Plague in India, 1896, 1897 - Volume 3
Year: 1896
Disease focus: Plague
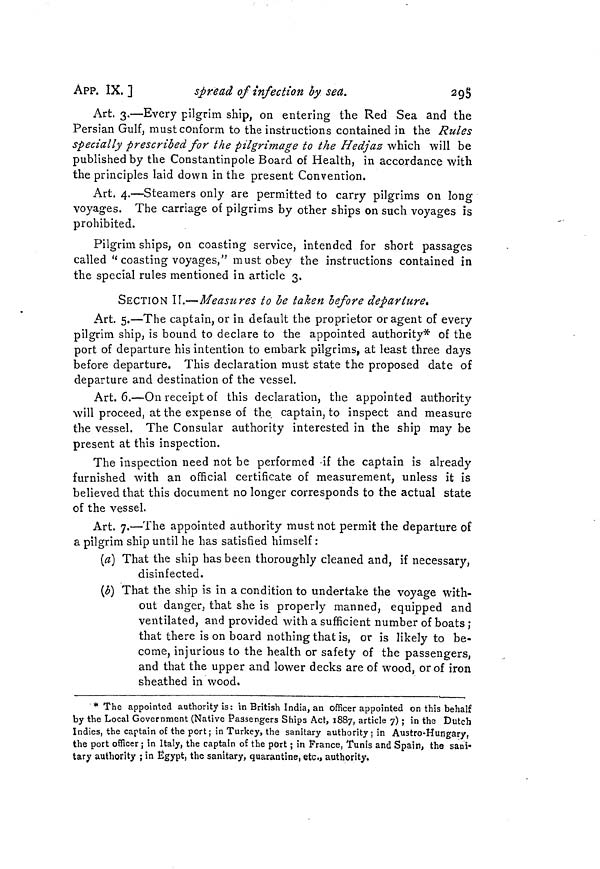
APP. IX.]
spread of infection by sea.
295
Art. 3.—Every pilgrim ship, on entering the Red Sea and the
Persian Gulf, must conform to the instructions contained in the Rules
specially prescribed for the pilgrimage to the Hedjaz which will be
published by the Constantinpole Board of Health, in accordance with
the principles laid down in the present Convention,
Art. 4.—Steamers only are permitted to carry pilgrims on long
voyages. The carriage of pilgrims by other ships on such voyages is
prohibited.
Pilgrim ships, on coasting service, intended for short passages
called "coasting voyages," must obey the instructions contained in
the special rules mentioned in article 3.
SECTION II.—Measures to be taken before departure.
Art. 5.—The captain, or in default the proprietor or agent of every
pilgrim ship, is bound to declare to the appointed authority* of the
port of departure his intention to embark pilgrims, at least three days
before departure. This declaration must state the proposed date of
departure and destination of the vessel.
Art. 6.—On receipt of this declaration, the appointed authority
will proceed, at the expense of the captain, to inspect and measure
the vessel. The Consular authority interested in the ship may be
present at this inspection.
The inspection need not be performed if the captain is already
furnished with an official certificate of measurement, unless it is
believed that this document no longer corresponds to the actual state
of the vessel.
Art. 7.—The appointed authority must not permit the departure of
a pilgrim ship until he has satisfied himself :
(a) That the ship has been thoroughly cleaned and, if necessary,
disinfected.
(b) That the ship is in a condition to undertake the voyage with-
out danger, that she is properly manned, equipped and
ventilated, and provided with a sufficient number of boats ;
that there is on board nothing that is, or is likely to be-
come, injurious to the health or safety of the passengers,
and that the upper and lower decks are of wood, or of iron
sheathed in wood.
* The appointed authority is: in British India, an officer appointed on this behalf
by the Local Government (Native Passengers Ships Act, 1887, article 7) ; in the Dutch
Indies, the captain of the port; in Turkey, the sanitary authority j in Austro-Hungary,
the port officer ; in Italy, the captain of the port ; in France, Tunis and Spain, the sani-
tary authority ; in Egypt, the sanitary, quarantine, etc., authority.